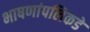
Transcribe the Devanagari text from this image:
भाषणांपलिकडे